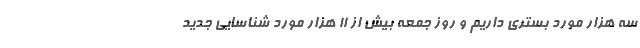
سه هزار مورد بستری داریم و روز جمعه بیش از 11 هزار مورد شناسایی جدید